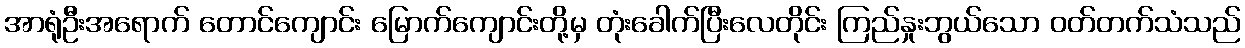
အာရုံဦးအရောက် တောင်ကျောင်း မြောက်ကျောင်းတို့မှ တုံးခေါက်ပြီးလေတိုင်း ကြည်နှုးဘွယ်သော ဝတ်တက်သံသည်